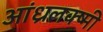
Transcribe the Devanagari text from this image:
आंध्रलक्ष्मी